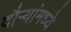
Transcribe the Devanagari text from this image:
दौऱ्यांमध्ये